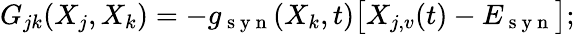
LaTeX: G_{jk}(X_{j},X_{k})=-g_{\mathrm{~s~y~n~}}(X_{k},t)\big[X_{j,v}(t)-E_{\mathrm{~s~y~n~}}\big];